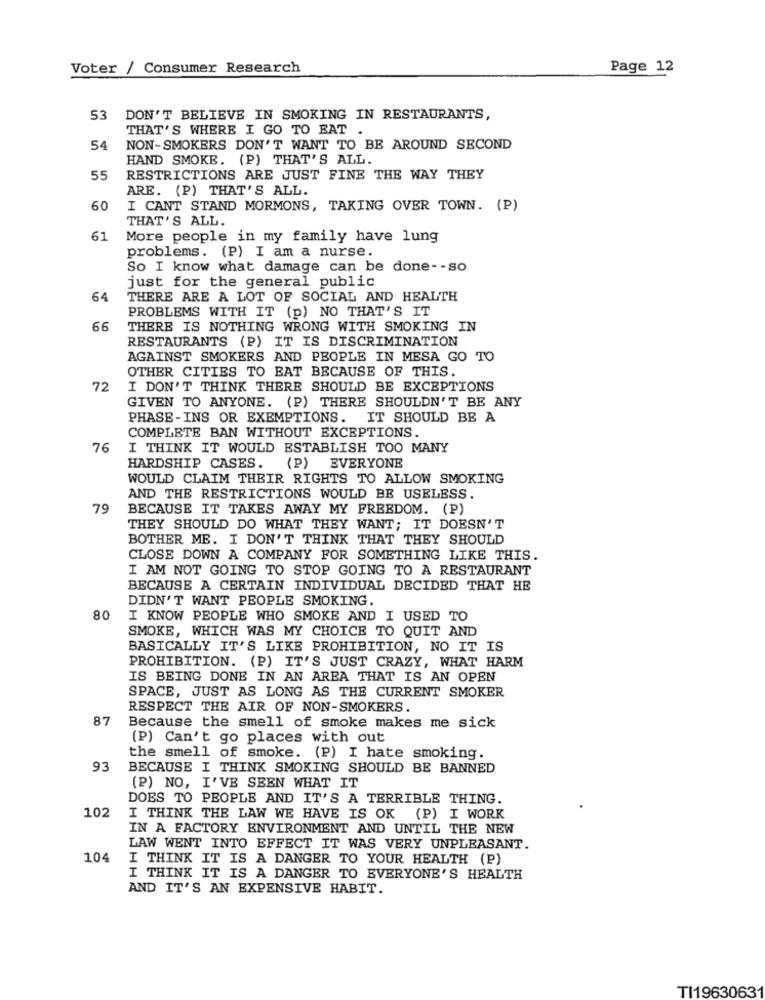
Voter / Consumer Research
Page 12
53
DON'T BELIEVE IN SMOKING IN RESTAURANTS,
THAT'S WHERE I GO TO EAT .
54
NON-SMOKERS DON'T WANT TO BE AROUND SECOND
HAND SMOKE. (P) THAT'S ALL.
55
RESTRICTIONS ARE JUST FINE THE WAY THEY
ARE. (P) THAT'S ALL.
60
I CANT STAND MORMONS, TAKING OVER TOWN. (P)
THAT'S ALL.
61
More people in my family have lung
problems. (P) I am a nurse.
So I know what damage can be done -- so
just for the general public
64
THERE ARE A LOT OF SOCIAL AND HEALTH
PROBLEMS WITH IT (p) NO THAT'S IT
66
THERE IS NOTHING WRONG WITH SMOKING IN
RESTAURANTS (P) IT IS DISCRIMINATION
AGAINST SMOKERS AND PEOPLE IN MESA GO TO
OTHER CITIES TO EAT BECAUSE OF THIS.
72
I DON'T THINK THERE SHOULD BE EXCEPTIONS
GIVEN TO ANYONE. (P) THERE SHOULDN'T BE ANY
PHASE-INS OR EXEMPTIONS. IT SHOULD BE A
COMPLETE BAN WITHOUT EXCEPTIONS.
76
I THINK IT WOULD ESTABLISH TOO MANY
HARDSHIP CASES.
(P) EVERYONE
WOULD CLAIM THEIR RIGHTS TO ALLOW SMOKING
AND THE RESTRICTIONS WOULD BE USELESS.
79
BECAUSE IT TAKES AWAY MY FREEDOM. (P)
THEY SHOULD DO WHAT THEY WANT; IT DOESN'T
BOTHER ME. I DON'T THINK THAT THEY SHOULD
CLOSE DOWN A COMPANY FOR SOMETHING LIKE THIS.
I AM NOT GOING TO STOP GOING TO A RESTAURANT
BECAUSE A CERTAIN INDIVIDUAL DECIDED THAT HE
DIDN'T WANT PEOPLE SMOKING.
80
I KNOW PEOPLE WHO SMOKE AND I USED TO
SMOKE, WHICH WAS MY CHOICE TO QUIT AND
BASICALLY IT'S LIKE PROHIBITION, NO IT IS
PROHIBITION. (P) IT'S JUST CRAZY, WHAT HARM
IS BEING DONE IN AN AREA THAT IS AN OPEN
SPACE, JUST AS LONG AS THE CURRENT SMOKER
RESPECT THE AIR OF NON-SMOKERS.
87
Because the smell of smoke makes me sick
(P) Can't go places with out
the smell of smoke. (P) I hate smoking.
93
BECAUSE I THINK SMOKING SHOULD BE BANNED
(P) NO, I'VE SEEN WHAT IT
DOES TO PEOPLE AND IT'S A TERRIBLE THING.
102
I THINK THE LAW WE HAVE IS OK (P) I WORK
IN A FACTORY ENVIRONMENT AND UNTIL THE NEW
LAW WENT INTO EFFECT IT WAS VERY UNPLEASANT.
104
I THINK IT IS A DANGER TO YOUR HEALTH (P)
I THINK IT IS A DANGER TO EVERYONE'S HEALTH
AND IT'S AN EXPENSIVE HABIT.
TI1963063